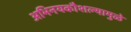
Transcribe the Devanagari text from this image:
अभिनयकौशल्यामुळे